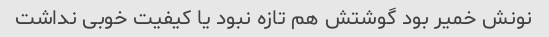
نونش خمیر بود گوشتش هم تازه نبود یا کیفیت خوبی نداشت